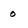
Character: 0